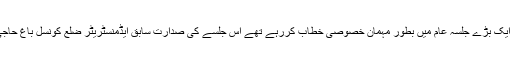
وہ آ ج یہاں کوٹھیاں کے مقام پر ایک بڑے جلسہ عام میں بطور مہمان خصوصی خطاب کررہے تھے اس جلسے کی صدارت سابق ایڈمنسٹریٹر ضلع کونسل باغ حاجی سرداراورنگزیب خان نے کی ۔